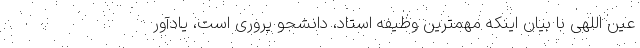
عین اللهی با بیان اینکه مهمترین وظیفه استاد، دانشجو پروری است، یادآور